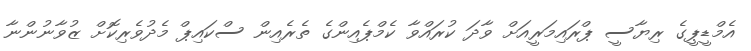
އެމްޑީޕީގެ ރިޔާސީ ޕްރައިމަރީއަށް ވާދަ ކުރައްވާ ކެމްޕެއިންގެ ތެރެއިން ސްކައިޕް މެދުވެރިކޮށް ޒުވާނުންނާ